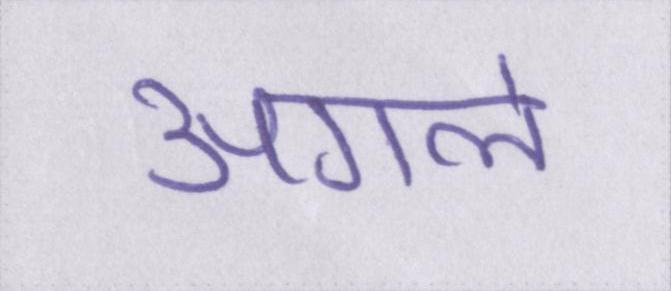
अगले